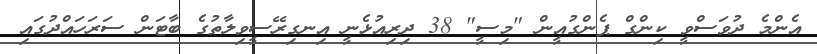
އެންމެ ދުވަސްވީ ކިންގް ޕެންގުއީން "މިސީ" 38 ދިރިއުޅެނީ އިނގިރޭސީވިލާތުގެ ބާޓަން ސަރަހައްދުގައި